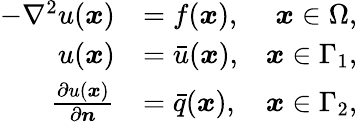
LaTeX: \begin{array}{rlr}{-\nabla^{2}u(\boldsymbol{x})}&{=f(\boldsymbol{x}),}&{\boldsymbol{x}\in\Omega,}\\ {u(\boldsymbol{x})}&{=\bar{u}(\boldsymbol{x}),}&{\boldsymbol{x}\in\Gamma_{1},}\\ {\frac{\partial u(\boldsymbol{x})}{\partial\boldsymbol{n}}}&{=\bar{q}(\boldsymbol{x}),}&{\boldsymbol{x}\in\Gamma_{2},}\end{array}